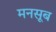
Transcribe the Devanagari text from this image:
मनसूब